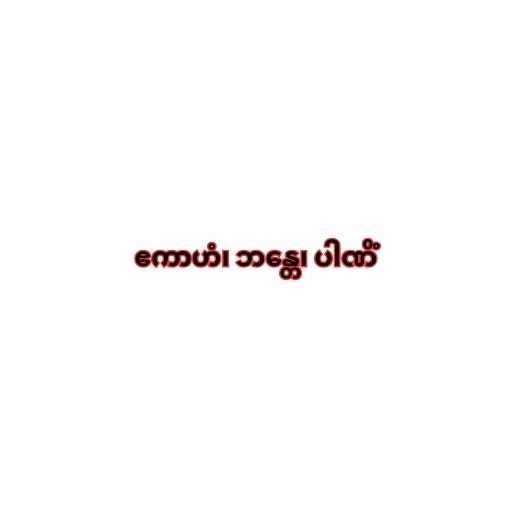
ဧကာဟံ၊ ဘန္တေ၊ ပါဏိံ